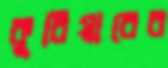
কুরিয়ারের